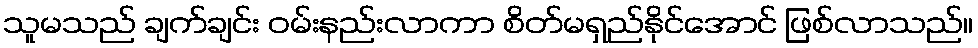
သူမသည် ချက်ချင်း ဝမ်းနည်းလာကာ စိတ်မရှည်နိုင်အောင် ဖြစ်လာသည်။